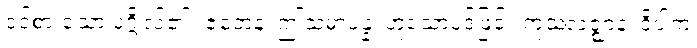
ဝင်စားသော ပုဂ္ဂိုလ်၏။ ဧတေန၊ ဤသမာပန္န၊ ဟူသောပုဒ်ဖြင့်။ ကုသလဇ္ဈာနံ၊ ဝိပါက